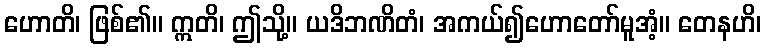
ဟောတိ၊ ဖြစ်၏။ ဣတိ၊ ဤသို့။ ယဒိဘဏိတံ၊ အကယ်၍ဟောတော်မူအံ့။ တေနဟိ၊